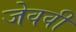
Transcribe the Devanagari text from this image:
जेववी